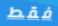
فقط